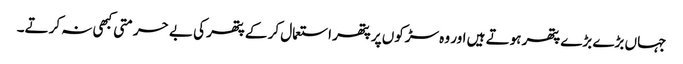
جہاں بڑے بڑے پتھر ہوتے ہیں اور وہ سڑکوں پر پتھر استعمال کر کے پتھر کی بے حرمتی کبھی نہ کرتے۔